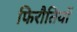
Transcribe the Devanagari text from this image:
फिरौतियों